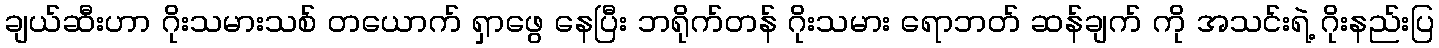
ချယ်ဆီးဟာ ဂိုးသမားသစ် တယောက် ရှာဖွေ နေပြီး ဘရိုက်တန် ဂိုးသမား ရောဘတ် ဆန်ချက် ကို အသင်းရဲ့ ဂိုးနည်းပြ